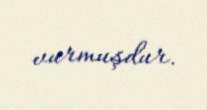
vurmuşdur.